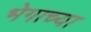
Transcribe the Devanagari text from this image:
भेगाच्या